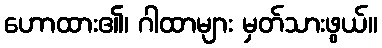
ဟောထား၏၊ ဂါထာများ မှတ်သားဖွယ်။